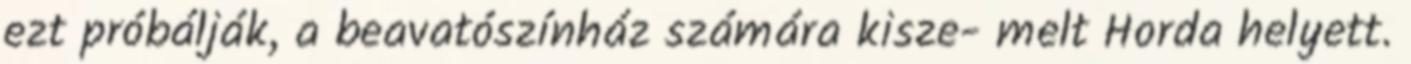
ezt próbálják, a beavatószínház számára kisze- melt Horda helyett.